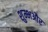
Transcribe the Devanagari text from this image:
शुम्भऔर